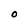
Character: O